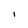
Character: I